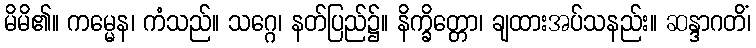
မိမိ၏။ ကမ္မေန၊ ကံသည်။ သဂ္ဂေ၊ နတ်ပြည်၌။ နိက္ခိတ္တော၊ ချထားအပ်သနည်း။ ဆန္ဒာဂတိံ၊